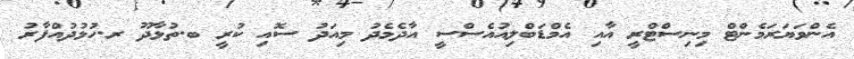
އެންވަޔަރަމެންޓް މިނިސްޓްރީ އާއި އެމްޑަބްލިއުއެސްސީ އާދެމެދު މިއަދު ސޮއި ކުރީ ބ.ތުޅާދޫ ރ.ހުޅުދުއްފާރު